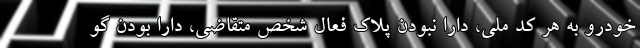
خودرو به هر کد ملی، دارا نبودن پلاک فعال شخص متقاضی، دارا بودن گو